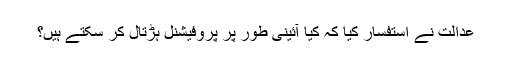
عدالت نے استفسار کیا کہ کیا آئینی طور پر پروفیشنل ہڑتال کر سکتے ہیں؟